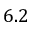
6 . 2